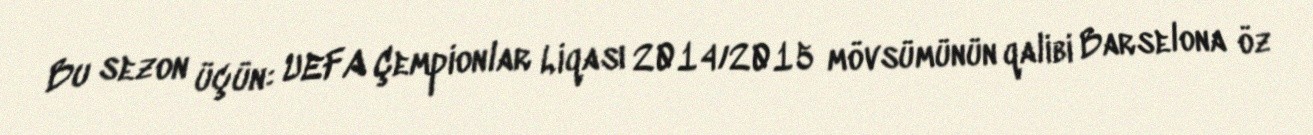
Bu sezon üçün: UEFA Çempionlar Liqası 2014/2015 mövsümünün qalibi Barselona öz